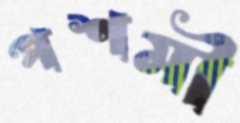
পশমী